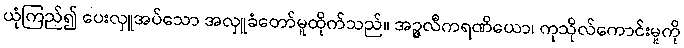
ယုံကြည်၍ ပေးလှူအပ်သော အလှူခံတော်မူထိုက်သည်။ အဉ္ဇလီကရဏိယော၊ ကုသိုလ်ကောင်းမူကို